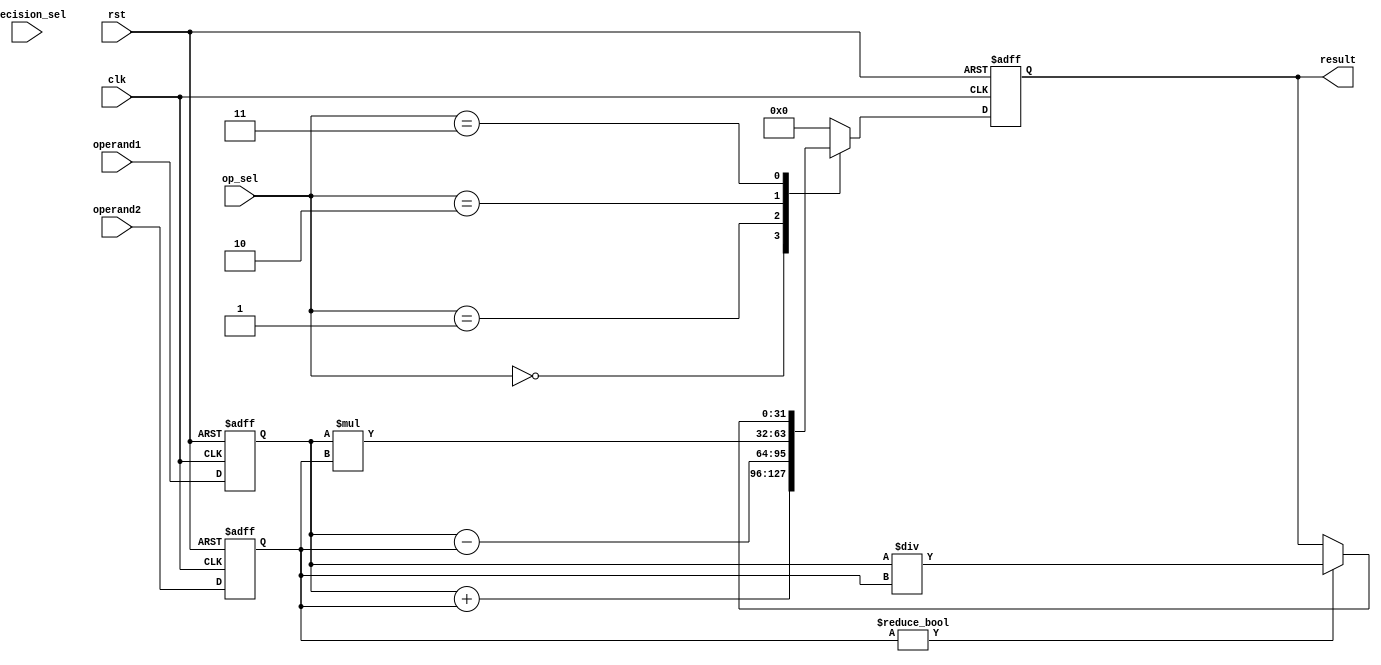
module mixed_precision_float_unit (
    input wire clk,
    input wire rst,
    input wire [7:0] op_sel, // Operation select input
    input wire [7:0] precision_sel, // Precision select input
    input wire [31:0] operand1, // First operand input
    input wire [31:0] operand2, // Second operand input
    output reg [31:0] result // Result output
);

reg [31:0] reg_operand1;
reg [31:0] reg_operand2;
reg [31:0] reg_result;

always @(posedge clk or posedge rst) begin
    if (rst) begin
        reg_operand1 <= 32'h0000_0000;
        reg_operand2 <= 32'h0000_0000;
        reg_result <= 32'h0000_0000;
    end else begin
        reg_operand1 <= operand1;
        reg_operand2 <= operand2;
        
        case(op_sel)
            8'h00: begin // Addition operation
                reg_result <= reg_operand1 + reg_operand2;
            end
            8'h01: begin // Subtraction operation
                reg_result <= reg_operand1 - reg_operand2;
            end
            8'h02: begin // Multiplication operation
                reg_result <= reg_operand1 * reg_operand2;
            end
            8'h03: begin // Division operation
                if (reg_operand2 != 32'h0000_0000)
                    reg_result <= reg_operand1 / reg_operand2;
            end
            default: reg_result <= 32'h0000_0000;
        endcase
    end
end

assign result = reg_result;

endmodule